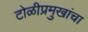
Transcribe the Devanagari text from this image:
टोळीप्रमुखांचा